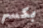
بكسر